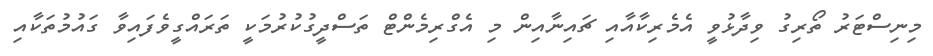
މިނިސްޓަރު ތޯރިގު ވިދާޅުވީ އެމެރިކާއާއި ޗައިނާއިން މި އެގްރިމެންޓް ތަސްދީގުކުރުމަކީ ތަރައްގީވެފައިވާ ގައުމުތަކާއި